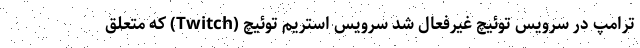
ترامپ در سرویس توئیچ غیرفعال شد سرویس استریم توئیچ (Twitch) که متعلق